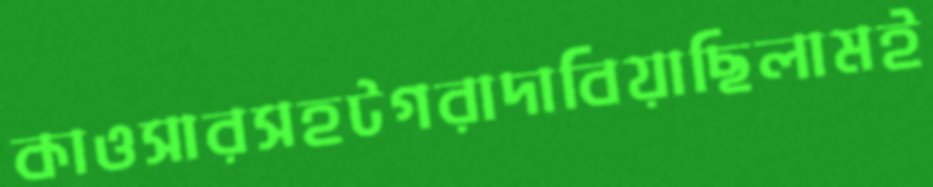
কাওসারসহটগরাদাবিয়াছিলামই